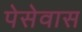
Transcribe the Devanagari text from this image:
पेसेवास